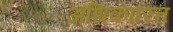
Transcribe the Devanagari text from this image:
अधिकारित